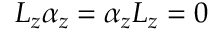
L _ { z } \alpha _ { z } = \alpha _ { z } L _ { z } = 0